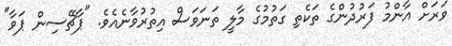
ވަރަށް އާންމު ފަރުދުންގެ ތަކެތި ގަތުމުގެ މާލީ ތަނަވަސް އިތުރުވާނެއެވެ. "ޕާޗޭސިން ޕަވާ"